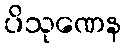
ပိသုဏေန